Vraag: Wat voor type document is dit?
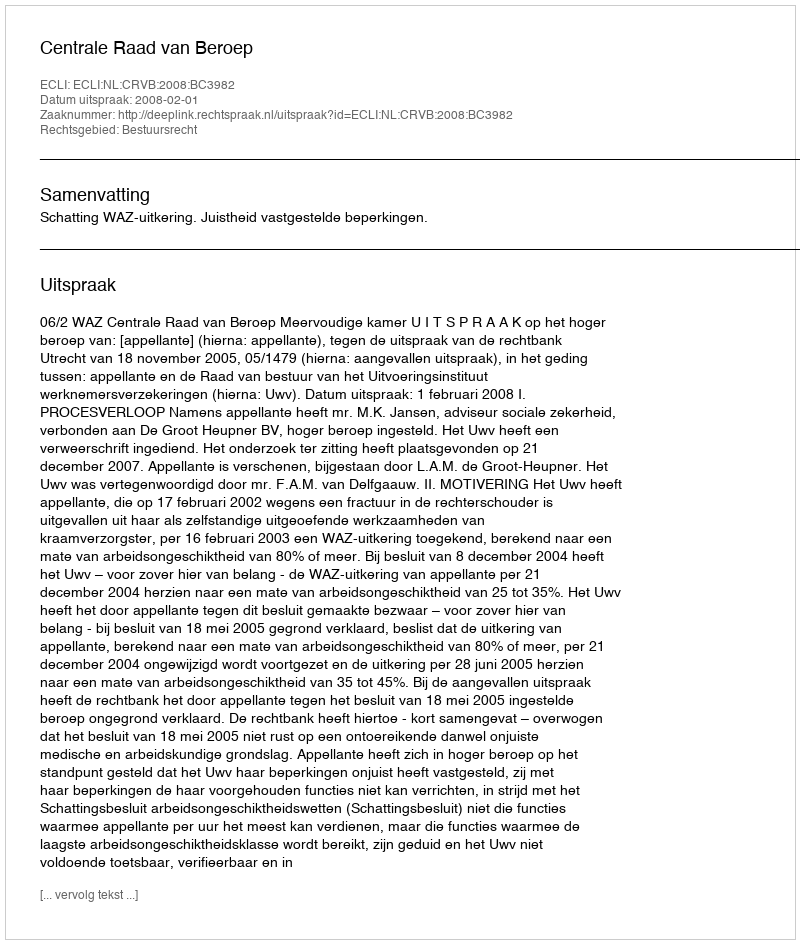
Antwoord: Uitspraak